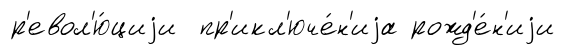
р'евол'ю́циjи пр'икл'юче́н'иjа рожд'е́н'иjи